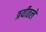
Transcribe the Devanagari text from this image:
त्रयीतले